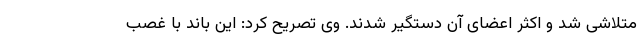
متلاشی شد و اکثر اعضای آن دستگیر شدند. وی تصریح کرد: این باند با غصب